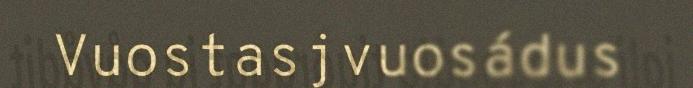
Vuostasjvuosádus